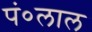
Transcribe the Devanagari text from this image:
पं०लाल